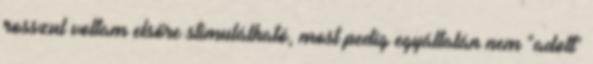
rosszul voltam elsőre stimulálható, most pedig egyáltalán nem "adott"